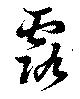
露